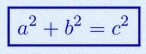
a^2+b^2=c^2